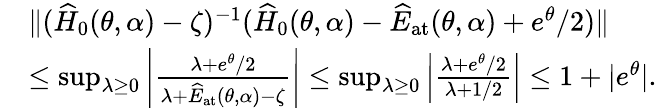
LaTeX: \begin{array}{rl}&{\| (\widehat{H}_{0}(\theta,\alpha)-\zeta)^{-1}(\widehat{H}_{0}(\theta,\alpha)-\widehat{E}_{\mathrm{at}}(\theta,\alpha)+e^{\theta}/2)\| }\\ &{\leq\operatorname*{sup}_{\lambda\geq 0}\left|\frac{\lambda+e^{\theta}/2}{\lambda+\widehat{E}_{\mathrm{at}}(\theta,\alpha)-\zeta}\right|\leq\operatorname*{sup}_{\lambda\geq 0}\left|\frac{\lambda+e^{\theta}/2}{\lambda+1/2}\right|\leq 1+|e^{\theta}|.}\end{array}